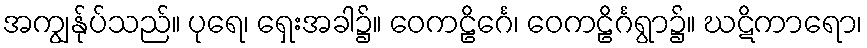
အကျွန်ုပ်သည်။ ပုရေ၊ ရှေးအခါ၌။ ဝေကဠိင်္ဂေ၊ ဝေကဠိင်္ဂရွာ၌။ ဃဋိကာရော၊